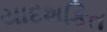
યાદશકિત